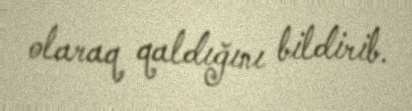
olaraq qaldığını bildirib.